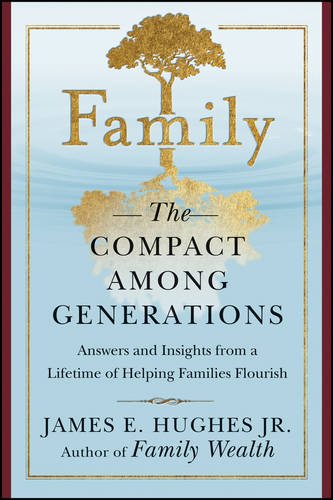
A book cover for Family: The Compact Among Generations; James E. Hughes Jr.; Law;